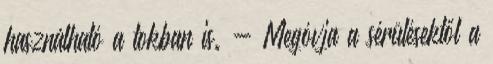
használható a tokban is. - Megóvja a sérülésektől a